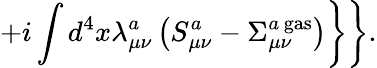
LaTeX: \left.\left.+i\int d^{4}x\lambda_{\mu\nu}^{a}\left(S_{\mu\nu}^{a}-\Sigma_{\mu\nu}^{a{\, }\mathrm{gas}}\right)\right\} \right\} .